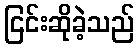
ငြင်းဆိုခဲ့သည်